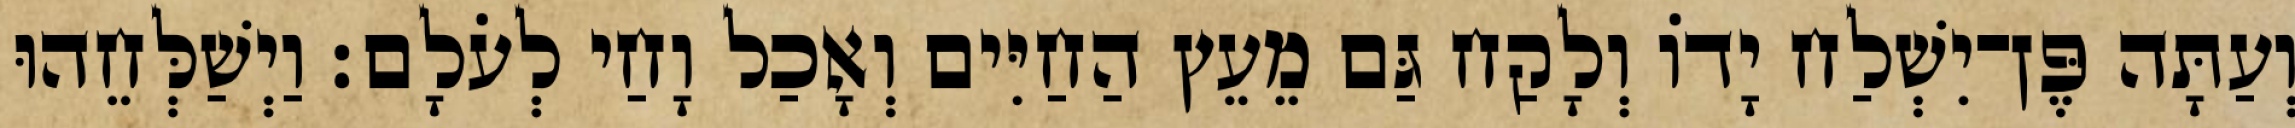
וְעַתָּה פֶּן־יִשְׁלַח יָדֹו וְלָקַח גַּם מֵעֵץ הַחַיִּים וְאָכַל וָחַי לְעֹלָם׃ וַיְשַׁלְּחֵהוּ